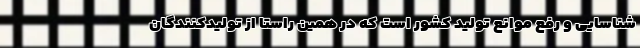
شناسایی و رفع موانع تولید کشور است که در همین راستا از تولیدکنندگان